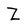
Character: Z